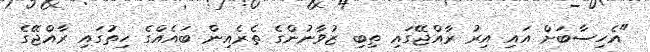
"އެހިސާބަށް އައި އިރު ރާއްޖޭގައި ތިބި ޒުވާނުންގެ ތެރެއިން ބައެއްގެ ހިތުގައި ރާއްޖޭގެ